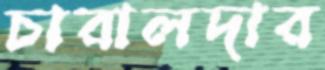
চারালদার